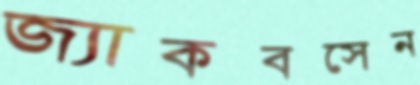
জ্যাকবসেন